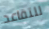
للتقاعد